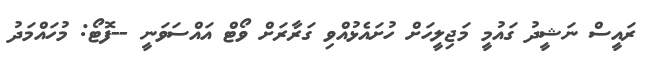
ރައީސް ނަޝީދު ގައުމީ މަޖިލީހަށް ހުށައެޅުއްވި ގަރާރަށް ވޯޓް އައްސަވަނީ --ފޮޓޯ: މުހައްމަދު